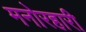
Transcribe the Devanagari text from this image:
मनोरहारी